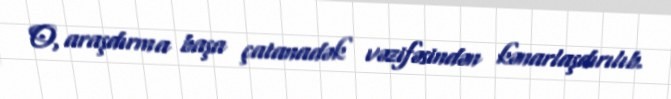
O, araşdırma başa çatanadək vəzifəsindən kənarlaşdırılıb.